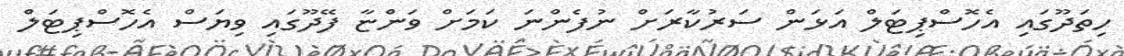
ހިތަދޫގައި އެހޮސްޕިޓަލް އަޅަން ސަރުކާރަށް ނުފެންނަ ކަމަށް ވަންޏާ ފޭދޫގައި ވިޔަސް އެހޮސްޕިޓަލް